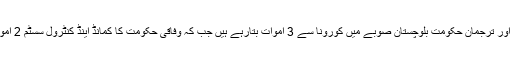
محکمہ صحت اور ترجمان حکومت بلوچستان صوبے میں کورونا سے 3 اموات بتارہے ہیں جب کہ وفاقی حکومت کا کمانڈ اینڈ کنٹرول سسٹم 2 اموات بتا رہا ہے۔